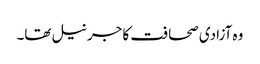
وہ آزادی صحافت کا جرنیل تھا۔